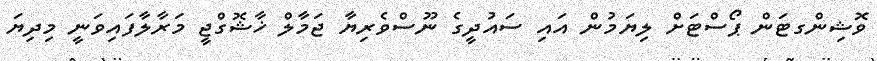
ވޮޝިންގޓަން ޕޯސްޓަށް ލިޔަމުން އައި ސައުދީގެ ނޫސްވެރިޔާ ޖަމާލް ޚާޝޮގްޖީ މަރާލާފައިވަނީ މިދިޔަ